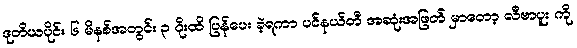
ဒုတိယပိုင်း ၆ မိနစ်အတွင်း ၃ ဂိုးထိ ပြန်ပေး ခဲ့ရကာ ပင်နယ်တီ အဆုံးအဖြတ် မှာတော့ လီဗာပူး ကို